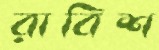
রাবিশ